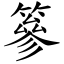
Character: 篸